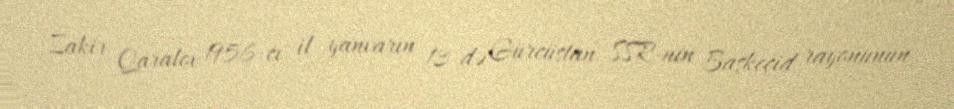
Zakir Qaralov 1956-cı il yanvarın 13-də Gürcüstan SSR-nin Başkeçid rayonunun